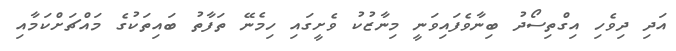
އަދި ދިވެހި އިގްތިސޯދު ބިނާވެފައިވަނީ މިނާޒުކު ވެށީގައި ހިމެނޭ ތަފާތު ބައިތަކުގެ މައްޗަށްކަމާއި